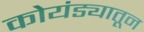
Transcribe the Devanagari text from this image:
कोयंड्यातून